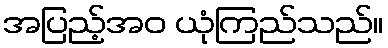
အပြည့်အဝ ယုံကြည်သည်။